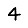
Digit: 4